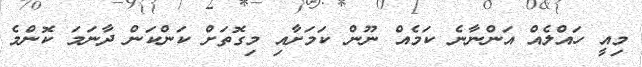
މިއީ ހައްލެއް އަންނާނެ ކަމެއް ނޫން ކަމަށާއި މިގޮތަށް ކަންކަން ދާނަމަ ކޮންމެ